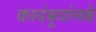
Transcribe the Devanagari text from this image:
कादंबर्‍यांमधे